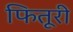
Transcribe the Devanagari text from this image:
फितूरी